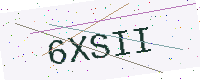
Text: 6XSII